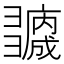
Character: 𢑻